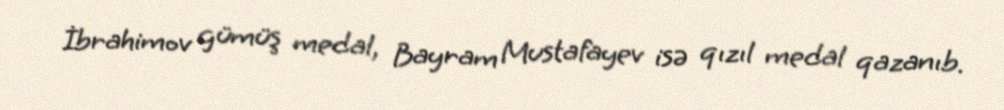
İbrahimov gümüş medal, Bayram Mustafayev isə qızıl medal qazanıb.